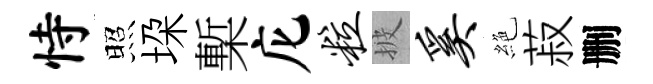
恃照垜槧庀粒披奚絶菽删